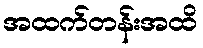
အထက်တန်းအထိ